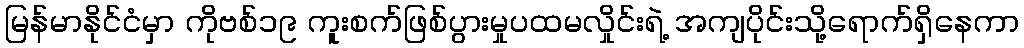
မြန်မာနိုင်ငံမှာ ကိုဗစ်၁၉ ကူးစက်ဖြစ်ပွားမှုပထမလှိုင်းရဲ့ အကျပိုင်းသို့ရောက်ရှိနေကာ